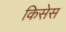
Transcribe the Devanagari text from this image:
किसेस